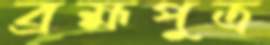
ব্রহ্মপুত্র